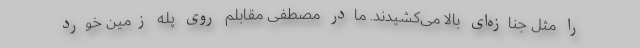
را مثل جنازه‌ای بالا می‌کشیدند. مادر مصطفی مقابلم روی پله زمین خورد